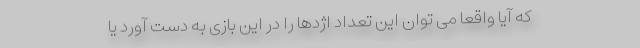
که آیا واقعاً می توان این تعداد اژدها را در این بازی به دست آورد یا